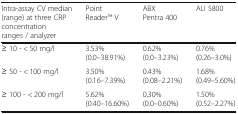
| Intra-assay CV median (range) at three CRP concentration ranges / analyzer | Point ReaderTM V | ABX Pentra 400 | AU 5800 |
 | --- | --- | --- | --- |
 | ≥ 10 - < 50 mg/l | 3.53%(0.0–38.91%) | 0.62%(0.0–3.23%) | 0.76%(0.26–3.0%) |
 | ≥ 50 - < 100 mg/l | 3.50%(0.16–7.39%) | 0.43%(0.08–2.21%) | 1.68%(0.49–5.60%) |
 | ≥ 100 - < 200 mg/l | 5.62%(0.40–16.60%) | 0,30%(0.0–0.60%) | 1.50%(0.52–2.27%) |